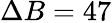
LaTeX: \Delta B=47